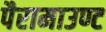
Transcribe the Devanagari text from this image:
पैरामाउण्ट